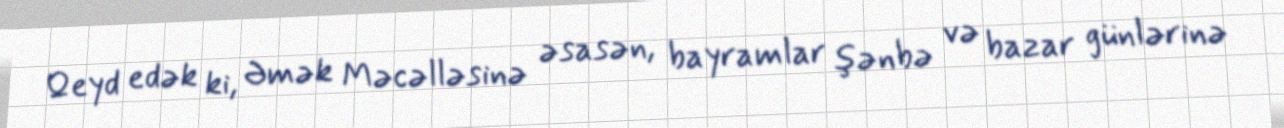
Qeyd edək ki, Əmək Məcəlləsinə əsasən, bayramlar şənbə və bazar günlərinə